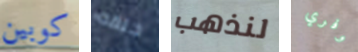
كوبين حلقه لنذهب وفري